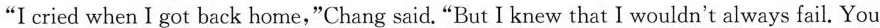
"I cried when I got back home,"Chang said,"But I knew that I wouldn't always fail. You